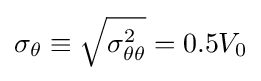
\sigma _{\theta }\equiv {\sqrt {\sigma _{\theta \theta }^{2}}}=0.5V_{0}